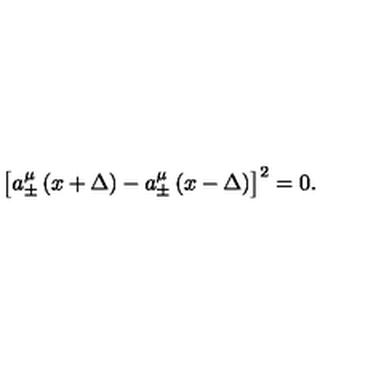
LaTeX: \left[ a _ { \pm } ^ { \mu } \left( x + \Delta \right) - a _ { \pm } ^ { \mu } \left( x - \Delta \right) \right] ^ { 2 } = 0 .